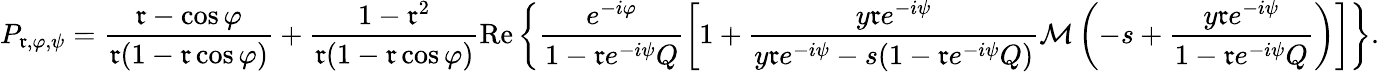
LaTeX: P_{\mathfrak{r},\varphi,\psi}=\frac{{\mathfrak{r}-\cos\varphi}}{{\mathfrak{r}(1-\mathfrak{r}\cos\varphi)}}+\frac{{1-\mathfrak{r}^{2}}}{{\mathfrak{r}(1-\mathfrak{r}\cos\varphi)}}\mathrm{{Re}}\left\{ \frac{{e^{-i\varphi}}}{{1-\mathfrak{r}e^{-i\psi}Q}}\left[1+\frac{{y\mathfrak{r}e^{-i\psi}}}{{y\mathfrak{r}e^{-i\psi}-s(1-\mathfrak{r}e^{-i\psi}Q)}}\mathcal{{M}}\left(-s+\frac{{y\mathfrak{r}e^{-i\psi}}}{{1-\mathfrak{r}e^{-i\psi}Q}}\right)\right]\right\} .